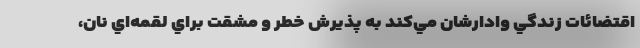
اقتضائات زندگي وادارشان مي‌كند به پذيرش خطر و مشقت براي لقمه‌اي نان،